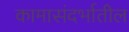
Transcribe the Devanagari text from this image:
कामासंदर्भातील